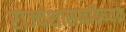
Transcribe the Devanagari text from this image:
राज्यशासनविषयक